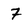
Character: 7